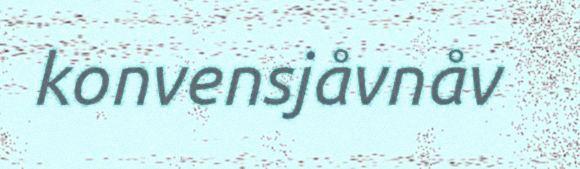
konvensjåvnåv